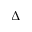
\Delta